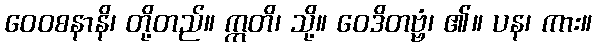
ဝေဝစနာနိ၊ တို့တည်။ ဣတိ၊ သို့။ ဝေဒိတဗ္ဗံ၊ ၏။ ပန၊ ကား။